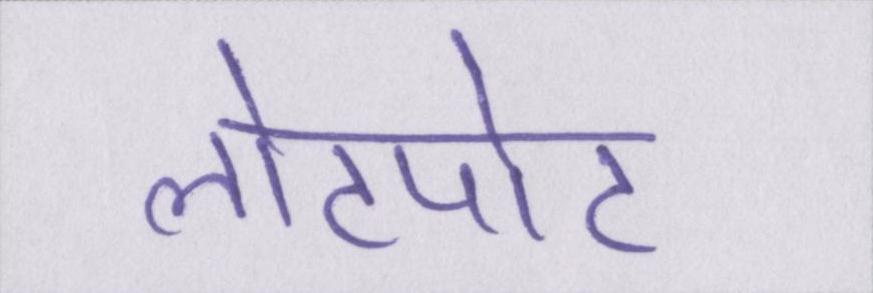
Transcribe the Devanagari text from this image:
लोटपोट